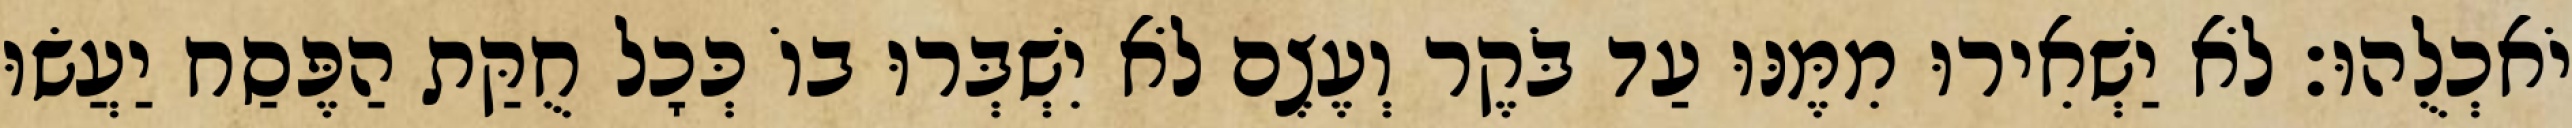
יֹאכְלֻהוּ׃ לֹא יַשְׁאִירוּ מִמֶּנּוּ עַד בֹּקֶר וְעֶצֶם לֹא יִשְׁבְּרוּ בוֹ כְּכָל חֻקַּת הַפֶּסַח יַעֲשׂוּ